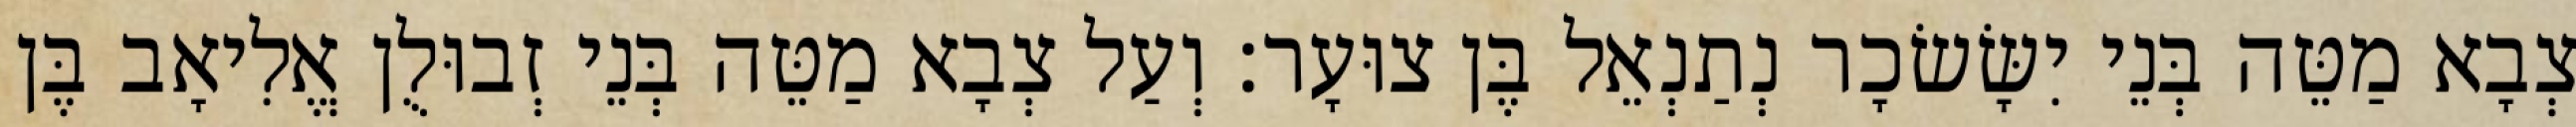
צְבָא מַטֵּה בְּנֵי יִשָּׂשׂכָר נְתַנְאֵל בֶּן צוּעָר׃ וְעַל צְבָא מַטֵּה בְּנֵי זְבוּלֻן אֱלִיאָב בֶּן